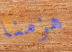
هزمنا